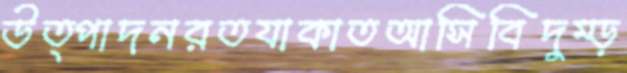
উত্পাদনরতযাকাতআসিবিদুম্‌ড়